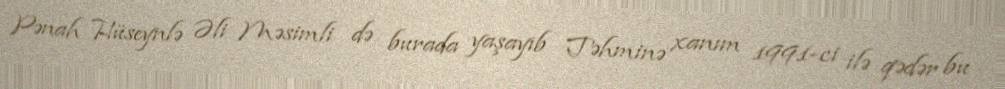
Pənah Hüseynlə Əli Məsimli də burada yaşayıb Təhminə xanım 1991-ci ilə qədər bu